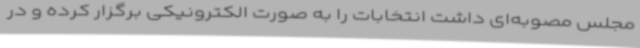
مجلس مصوبه‌ای داشت انتخابات را به صورت الکترونیکی برگزار کرده و در